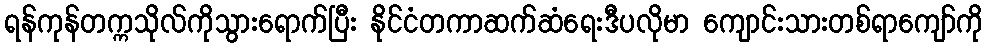
ရန်ကုန်တက္ကသိုလ်ကိုသွားရောက်ပြီး နိုင်ငံတကာဆက်ဆံရေးဒီပလိုမာ ကျောင်းသားတစ်ရာကျော်ကို